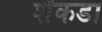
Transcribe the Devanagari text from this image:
शेंकडा